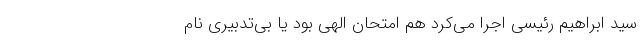
سید ابراهیم رئیسی اجرا می‌کرد هم امتحان الهی بود یا بی‌تدبیری نام